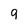
Character: 9